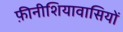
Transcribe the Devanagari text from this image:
फ़ीनीशियावासियों